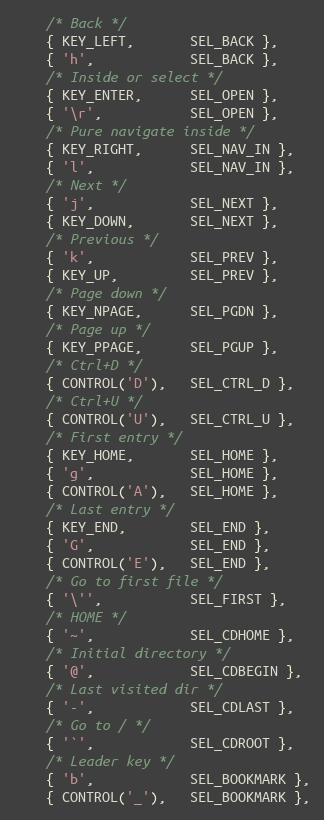
Language: C
	/* Back */
	{ KEY_LEFT,       SEL_BACK },
	{ 'h',            SEL_BACK },
	/* Inside or select */
	{ KEY_ENTER,      SEL_OPEN },
	{ '\r',           SEL_OPEN },
	/* Pure navigate inside */
	{ KEY_RIGHT,      SEL_NAV_IN },
	{ 'l',            SEL_NAV_IN },
	/* Next */
	{ 'j',            SEL_NEXT },
	{ KEY_DOWN,       SEL_NEXT },
	/* Previous */
	{ 'k',            SEL_PREV },
	{ KEY_UP,         SEL_PREV },
	/* Page down */
	{ KEY_NPAGE,      SEL_PGDN },
	/* Page up */
	{ KEY_PPAGE,      SEL_PGUP },
	/* Ctrl+D */
	{ CONTROL('D'),   SEL_CTRL_D },
	/* Ctrl+U */
	{ CONTROL('U'),   SEL_CTRL_U },
	/* First entry */
	{ KEY_HOME,       SEL_HOME },
	{ 'g',            SEL_HOME },
	{ CONTROL('A'),   SEL_HOME },
	/* Last entry */
	{ KEY_END,        SEL_END },
	{ 'G',            SEL_END },
	{ CONTROL('E'),   SEL_END },
	/* Go to first file */
	{ '\'',           SEL_FIRST },
	/* HOME */
	{ '~',            SEL_CDHOME },
	/* Initial directory */
	{ '@',            SEL_CDBEGIN },
	/* Last visited dir */
	{ '-',            SEL_CDLAST },
	/* Go to / */
	{ '`',            SEL_CDROOT },
	/* Leader key */
	{ 'b',            SEL_BOOKMARK },
	{ CONTROL('_'),   SEL_BOOKMARK },